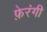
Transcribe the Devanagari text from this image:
फ़ेरंगी